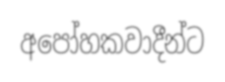
අපෝහකවාදීන්ට